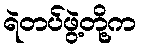
ရဲတပ်ဖွဲ့တို့က